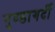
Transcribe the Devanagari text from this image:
गुण्डागर्दी